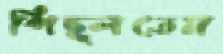
পিছ্‌লতেম